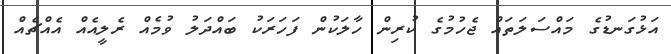
އަޅުގަނޑުގެ މައްސަލަތައް ޖެހުމުގެ ކުރިން ހާލަކުން ފަހަރަކު ބައްދަލު ވުމެއް ރެލީއެއް އެއްޗެއް